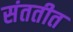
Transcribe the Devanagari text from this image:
संततीत